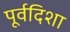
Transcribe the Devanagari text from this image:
पूर्वदिशा